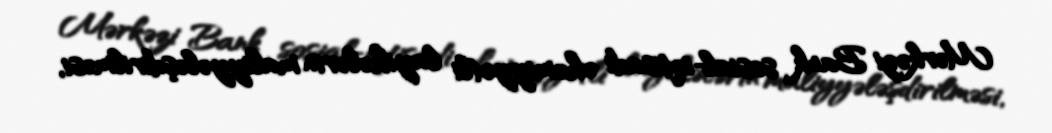
Mərkəzi Bank sosial-iqtisadi əhəmiyyətli layihələrin maliyyələşdirilməsi,